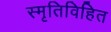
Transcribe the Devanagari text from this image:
स्मृतिविहित